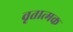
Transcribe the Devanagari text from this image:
वृतात्मक